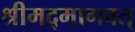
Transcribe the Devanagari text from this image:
श्रीमद्मागवत्